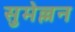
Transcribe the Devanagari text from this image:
सुमेल्लन